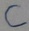
Text: C